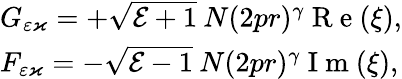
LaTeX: \begin{array}{l}{G_{\varepsilon\varkappa}=+\sqrt{\mathcal{E}+1}\: N(2pr)^{\gamma}\mathrm{~R~e~}(\xi),}\\ {F_{\varepsilon\varkappa}=-\sqrt{\mathcal{E}-1}\: N(2pr)^{\gamma}\mathrm{~I~m~}(\xi),}\end{array}